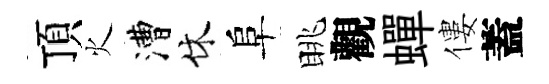
頂火漕休阜眺觀蟬僂蓋